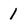
Character: 1